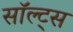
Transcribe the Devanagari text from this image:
सॉल्ट्स